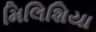
મિલિશિયા